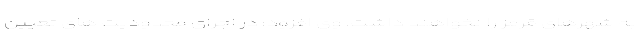
به شهرهای قرمز را نخواهند داشت. وی افزود: در اجرای محدودیت های تعیین